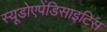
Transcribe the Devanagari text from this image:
स्यूडोएपेंडिसाइटिस